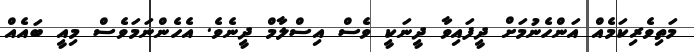
މަތިވެރިކަމެއް އަންހެނުމަށް ދީފައިވާ ދީނަކީ ވެސް އިސްލާމް ދީނެވެ. އެހެންނަމަވެސް މިއީ ބައެއް